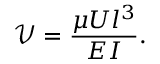
\mathcal { V } = \frac { \mu U l ^ { 3 } } { E I } .